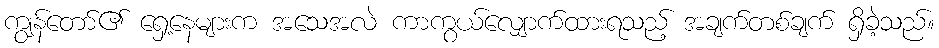
ကျွန်တော်၏ ရှေ့နေများက အသေအလဲ ကာကွယ်လျှောက်ထားရသည့် အချက်တစ်ချက် ရှိခဲ့သည်။